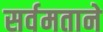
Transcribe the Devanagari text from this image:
सर्वमताने